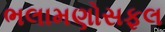
ભલામણોસફલ